Civil Veterinary Dept. Assam report 1911-1927 - 1911-1927
Year: 1911
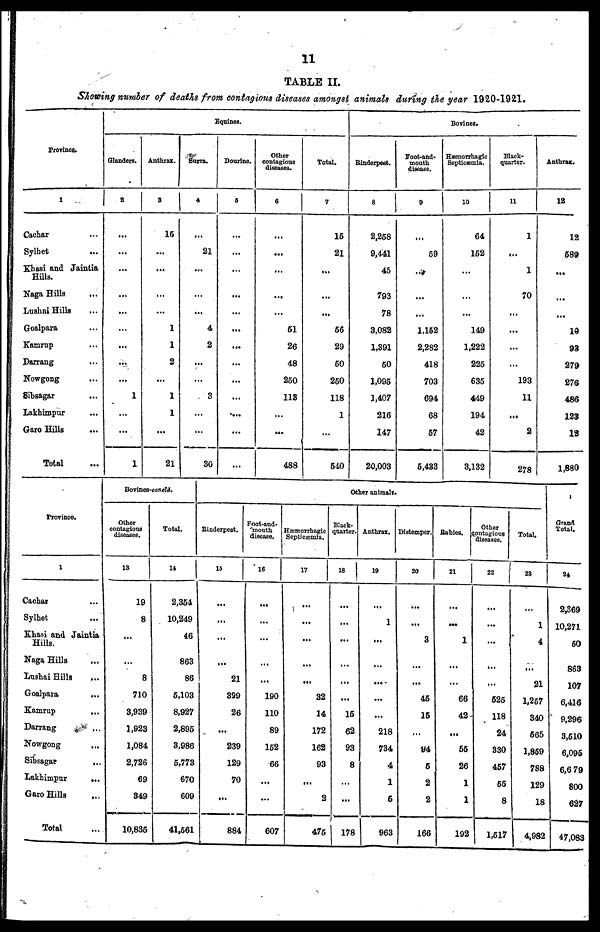
11
TABLE II.
Showing number of deaths from contagious diseases amongst animals during the year 1920-1921.
Province.
1
Cachar
Sylhet
Khasi and Jaintia
Hills.
Naga Hills
...
Lushni Hills
Goalpara
Kamrup
Darrang
Nowgong
Sibsagar
Lakhimpur
Garo Hills
Total
Equines.
Glanders.
2
1
1
Anthiax.
3
15
...
...
...
...
1
1
2
...
1
1
...
21
Surra.
4
...
21
...
...
...
4
2
...
...
3
...
...
30
Dourine.
5
...
...
Other
contagious
diseases.
6
...
...
...
...
61
26
48
250
118
...
...
488
Total.
7
15
21
...
...
...
66
29
60
260
118
1
540
Bovines.
Rinderpest.
8
2,258
9,441
45
793
78
3,082
1,391
60
1,095
1,407
216
147
20,003
Foot-and-
mouth
disease.
9
59
...
...
...
1,152
2,282
418
703
694
68
57
5,433
Hæmorrhagic
Septicæmia.
10
64
162
...
...
...
149
1,222
225
635
449
194
42
3,132
Black-
quarter.
11
1
...
1
70
...
...
...
...
193
11
...
2
278
12
12
689
...
...
...
10
93
279
276
486
123
18
1,880
Province.
1
Cachar
Sylhet
Khasi and Jaintia
Hills.
Naga Hills
Lushai Hills
Goalpara
...
Kamrup
Darrang
Nowgong
...
Sibsagar
...
Lakhimpur
...
Garo Hills
Total
Bovines-concld.
Other
contagious
diseases.
13
19
8
...
...
8
710
3,939
1,923
1,084
2,726
69
849
10,836
Total.
14
2,364
10,249
46
863
86
5,103
8,927
2,895
8,986
5,773
670
609
41,661
Other animals.
Rinderpest.
16
...
...
...
...
21
399
26
...
239
129
70
..
884
Foot-and-
'month
disease.
16
...
...
...
...
...
190
110
89
152
66
...
...
607
Hæmorrhagic
Septicæmia.
17
...
...
...
...
...
32
14
172
162
93
...
2
475
Black-
quarter.
18
...
...
...
...
...
15
62
93
8
...
...
178
Anthrax.
19
...
1
...
...
...
...
...
218
734
4
1
6
963
Distemper.
20
...
3
...
...
45
15
...
94
5
2
2
166
Rabies.
21
...
...
1
...
...
66
42
...
55
26
1
1
192
Other
contagious
diseases.
22
...
...
...
...
525
118
24
330
457
55
8
1,517
Total.
23
1
4
...
21
1,267
340
565
1,859
788
129
18
4,982
Grand
Total.
24
2,369
10,271
60
863
107
6,416
9,296
3,510
6,095
6,6 79
800
627
47,083